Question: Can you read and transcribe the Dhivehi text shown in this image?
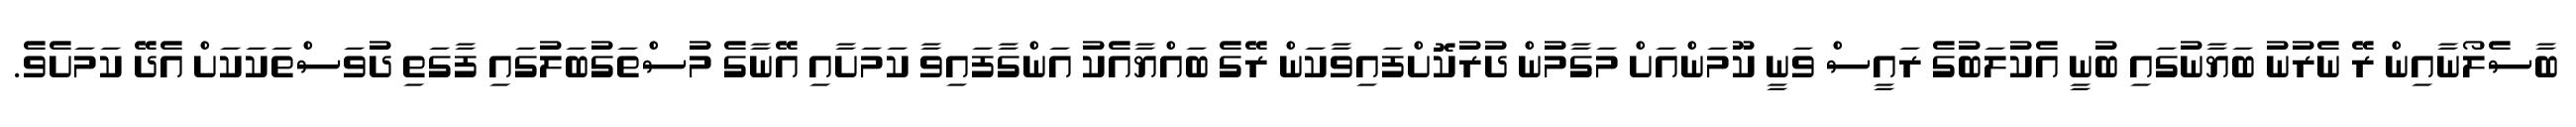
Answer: ބާސެލޯނާއިން ރޭ ނެރުނު ބަޔާނުގައި ބުނީ އެކުލަބުގެ ރައީސް ވަނީ ކޫމަންއަށް މަގާމުން ދުރުކޮށްފައިވާކަން ރޭގެ ބައްޔާއެކު އަންގާފައިވާ ކަމަށާއި އޭނާގެ މުސްތަގުބަލުގައި ފާގަތި ދުވަސްތަކަކަށް އެދޭ ކަމަށެވެ.